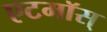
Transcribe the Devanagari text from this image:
एटमॉस्